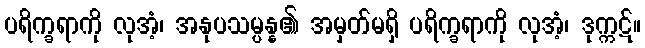
ပရိက္ခရာကို လုအံ့၊ အနုပသမ္ပန္န၏ အမှတ်မရှိ ပရိက္ခရာကို လုအံ့၊ ဒုက္ကဋ်။